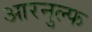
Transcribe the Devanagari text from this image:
आरनुल्फ